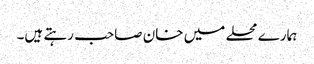
ہمارے محلے میں خان صاحب رہتے ہیں۔